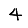
Digit: 4